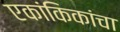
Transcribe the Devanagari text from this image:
एकांकिकांचा